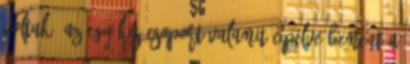
voltak. Az egy kis csoport valamit cipelve bement a